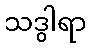
သဒွါရာ